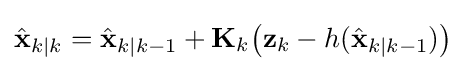
{\hat {\mathbf {x} }}_{k|k}={\hat {\mathbf {x} }}_{k|k-1}+\mathbf {K} _{k}{\bigl (}\mathbf {z} _{k}-h({\hat {\mathbf {x} }}_{k|k-1}){\bigr )}